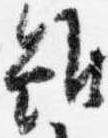
雖